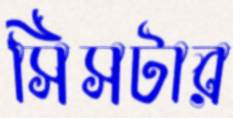
সিসটার